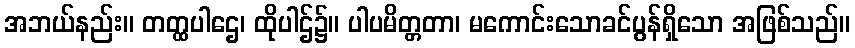
အဘယ်နည်း။ တတ္ထပါဌေ၊ ထိုပါဌ်၌။ ပါပမိတ္တတာ၊ မကောင်းသောခင်ပွန်ရှိသော အဖြစ်သည်။